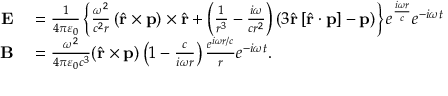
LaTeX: \begin{array} { r l } { \mathbf { E } } & { { } = { \frac { 1 } { 4 \pi \varepsilon _ { 0 } } } \left\{ { \frac { \omega ^ { 2 } } { c ^ { 2 } r } } \left( { \hat { \mathbf { r } } } \times \mathbf { p } \right) \times { \hat { \mathbf { r } } } + \left( { \frac { 1 } { r ^ { 3 } } } - { \frac { i \omega } { c r ^ { 2 } } } \right) \left( 3 { \hat { \mathbf { r } } } \left[ { \hat { \mathbf { r } } } \cdot \mathbf { p } \right] - \mathbf { p } \right) \right\} e ^ { \frac { i \omega r } { c } } e ^ { - i \omega t } } \\ { \mathbf { B } } & { { } = { \frac { \omega ^ { 2 } } { 4 \pi \varepsilon _ { 0 } c ^ { 3 } } } ( { \hat { \mathbf { r } } } \times \mathbf { p } ) \left( 1 - { \frac { c } { i \omega r } } \right) { \frac { e ^ { i \omega r / c } } { r } } e ^ { - i \omega t } . } \end{array}